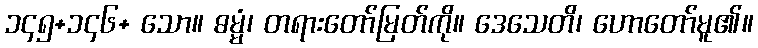
၁၄၅+၁၄၆+ သော။ ဓမ္မံ၊ တရားတော်မြတ်ကို။ ဒေသေတိ၊ ဟောတော်မူ၏။